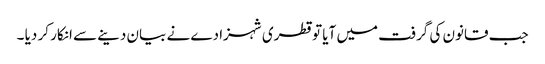
جب قانون کی گرفت میں آیا تو قطری شہزادے نے بیان دینے سے انکار کر دیا ۔